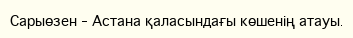
Сарыөзен – Астана қаласындағы көшенің атауы.